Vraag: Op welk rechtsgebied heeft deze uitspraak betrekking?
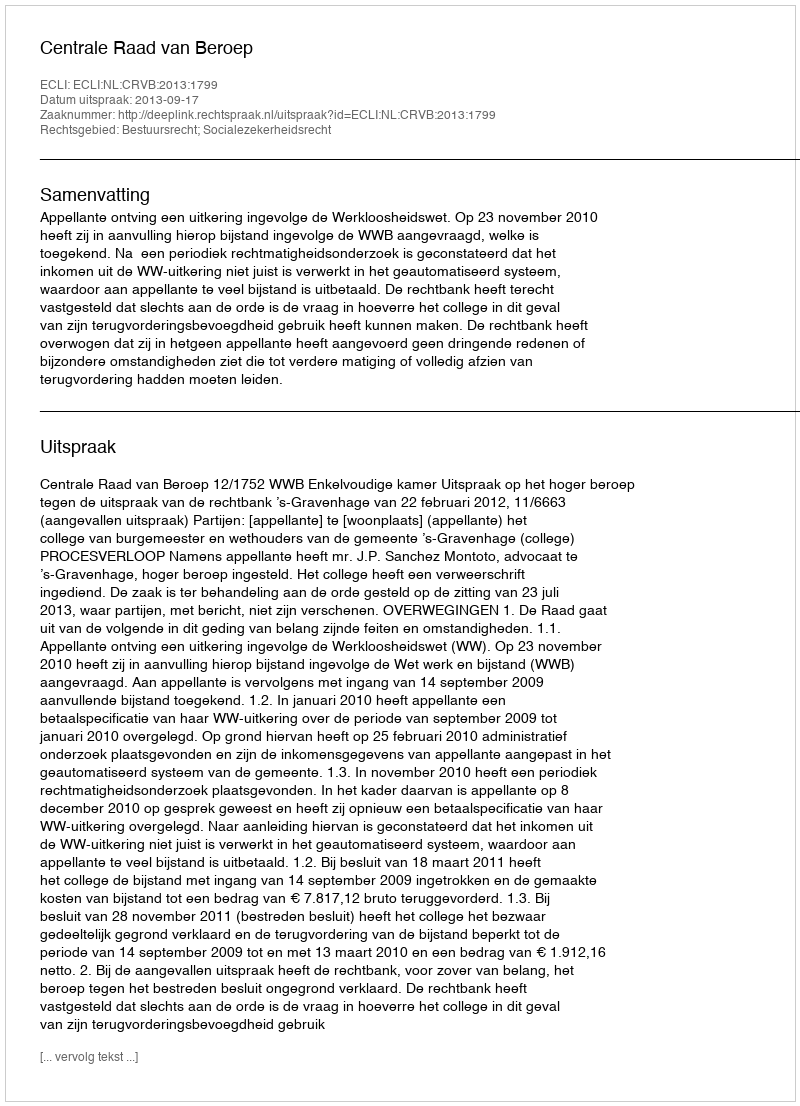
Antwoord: Bestuursrecht; Socialezekerheidsrecht